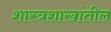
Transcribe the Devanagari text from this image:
शास्त्रशाखांतील